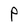
Character: P